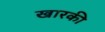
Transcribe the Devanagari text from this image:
खारकी